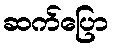
ဆက်ပြော